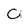
Character: 0